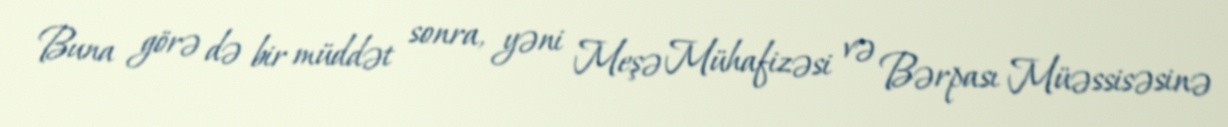
Buna görə də bir müddət sonra, yəni Meşə Mühafizəsi və Bərpası Müəssisəsinə